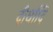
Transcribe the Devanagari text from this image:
दीर्घादि